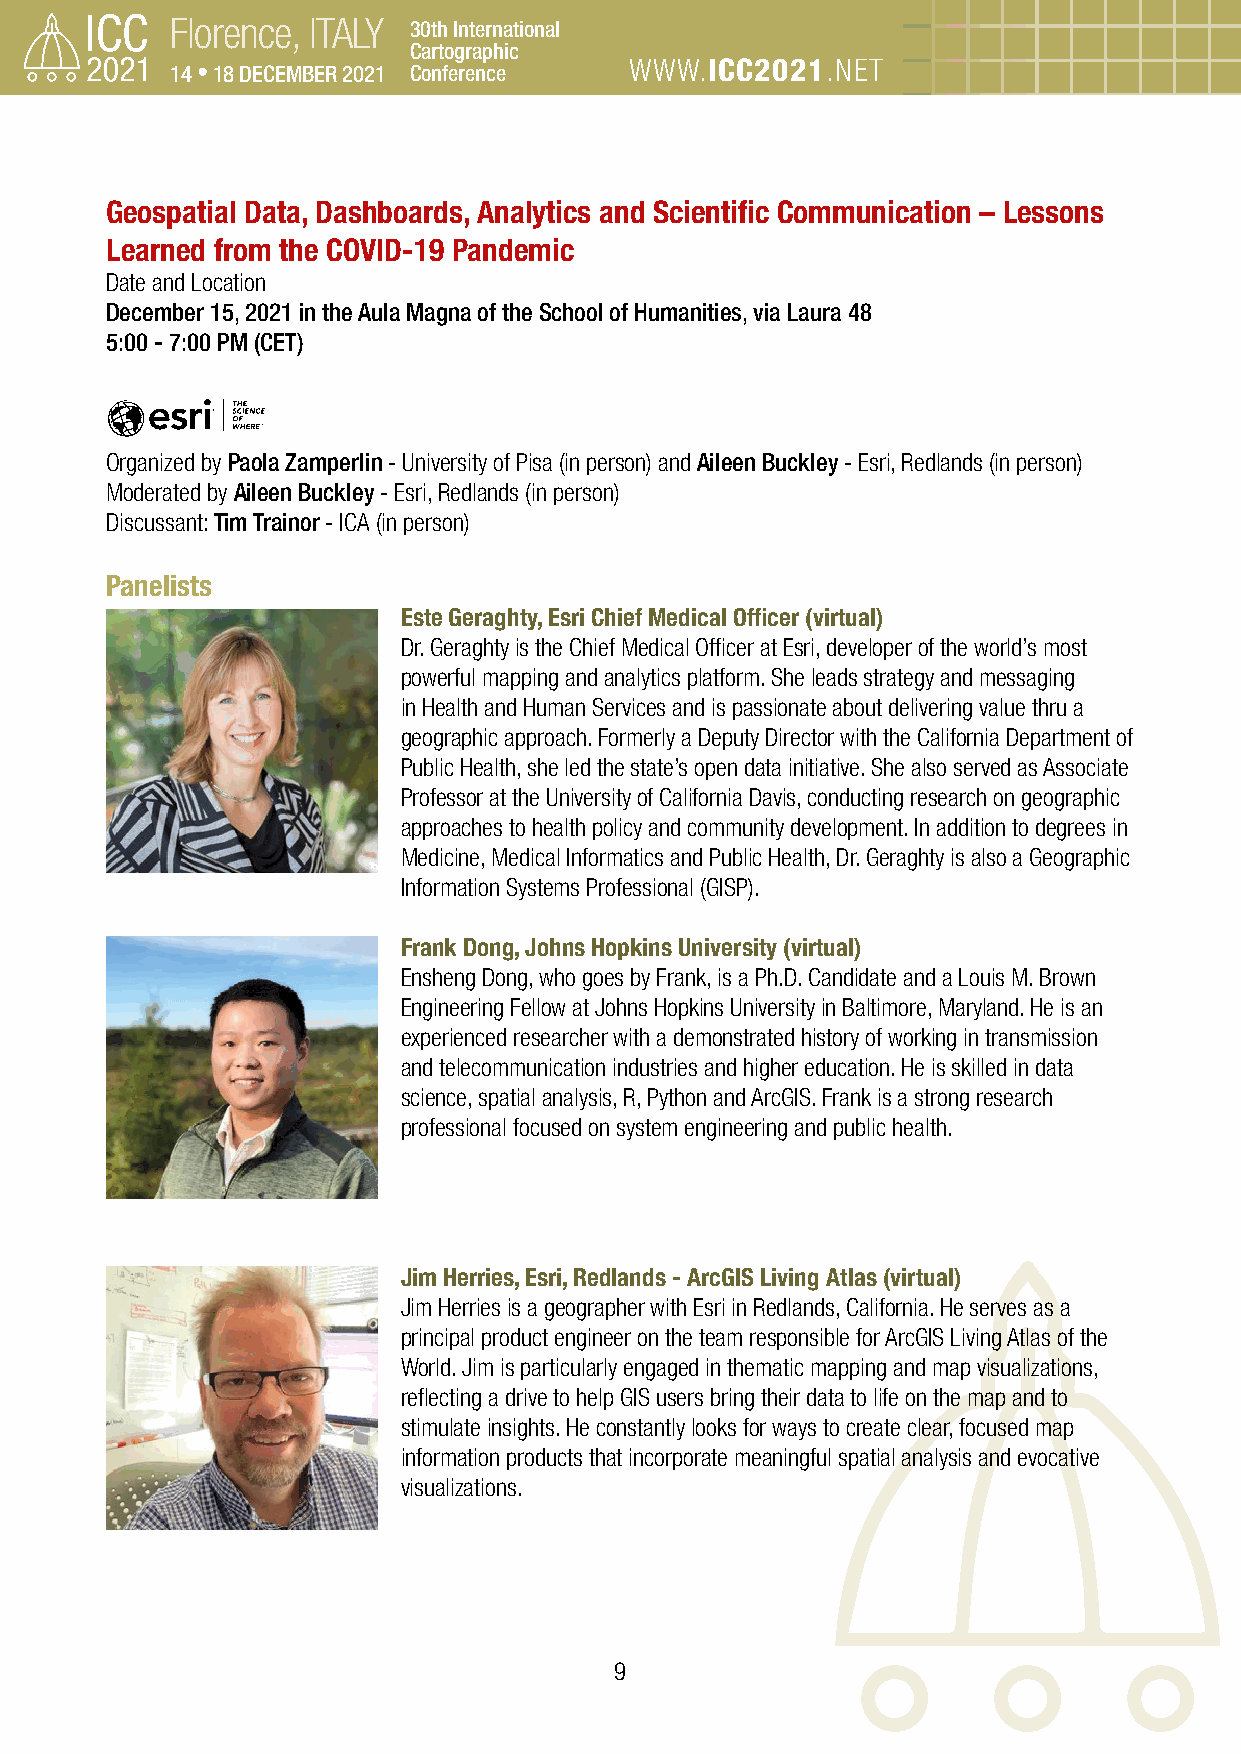
Florence, ITALY 30th International
 Cartographic
 14 • 18 DECEMBER 2021 Conference WWW.ICC2021.NET
 Geospatial Data, Dashboards, Analytics and Scientific Communication – Lessons
 Learned from the COVID-19 Pandemic
 Date and Location
 December 15, 2021 in the Aula Magna of the School of Humanities, via Laura 48
 5:00 - 7:00 PM (CET)
 Organized by Paola Zamperlin - University of Pisa (in person) and Aileen Buckley - Esri, Redlands (in person)
 Moderated by Aileen Buckley - Esri, Redlands (in person)
 Discussant: Tim Trainor - ICA (in person)
 Panelists
 Este Geraghty, Esri Chief Medical Officer (virtual)
 Dr. Geraghty is the Chief Medical Officer at Esri, developer of the world’s most
 powerful mapping and analytics platform. She leads strategy and messaging
 in Health and Human Services and is passionate about delivering value thru a
 geographic approach. Formerly a Deputy Director with the California Department of
 Public Health, she led the state’s open data initiative. She also served as Associate
 Professor at the University of California Davis, conducting research on geographic
 approaches to health policy and community development. In addition to degrees in
 Medicine, Medical Informatics and Public Health, Dr. Geraghty is also a Geographic
 Information Systems Professional (GISP).
 Frank Dong, Johns Hopkins University (virtual)
 Ensheng Dong, who goes by Frank, is a Ph.D. Candidate and a Louis M. Brown
 Engineering Fellow at Johns Hopkins University in Baltimore, Maryland. He is an
 experienced researcher with a demonstrated history of working in transmission
 and telecommunication industries and higher education. He is skilled in data
 science, spatial analysis, R, Python and ArcGIS. Frank is a strong research
 professional focused on system engineering and public health.
 Jim Herries, Esri, Redlands - ArcGIS Living Atlas (virtual)
 Jim Herries is a geographer with Esri in Redlands, California. He serves as a
 principal product engineer on the team responsible for ArcGIS Living Atlas of the
 World. Jim is particularly engaged in thematic mapping and map visualizations,
 reflecting a drive to help GIS users bring their data to life on the map and to
 stimulate insights. He constantly looks for ways to create clear, focused map
 information products that incorporate meaningful spatial analysis and evocative
 visualizations.
 9